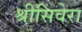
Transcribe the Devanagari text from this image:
श्रीसिवेरा